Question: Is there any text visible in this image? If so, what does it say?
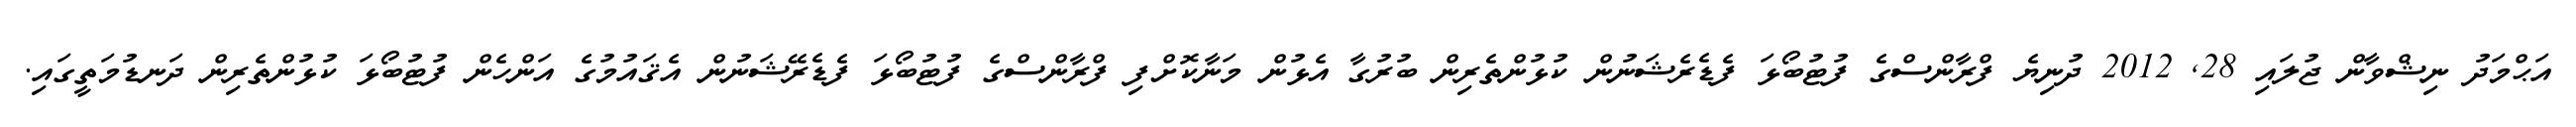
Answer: އަޙްމަދު ނިޝްވާން ޖުލައި 28, 2012 ދުނިޔެ ފްރާންސްގެ ފުޓުބޯޅަ ފެޑެރެޝަނުން ކުޅުންތެރިން ބުރުގާ އެޅުން މަނާކޮށްފި ފްރާންސްގެ ފުޓުބޯޅަ ފެޑެރޭޝަނުން އެޤައުމުގެ އަންހެން ފުޓުބޯޅަ ކުޅުންތެރިން ދަނޑުމަތީގައި.